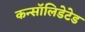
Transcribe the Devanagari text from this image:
कन्सॉलिडेटेड